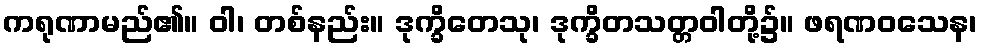
ကရုဏာမည်၏။ ဝါ၊ တစ်နည်း။ ဒုက္ခိတေသု၊ ဒုက္ခိတသတ္တဝါတို့၌။ ဖရဏဝသေန၊